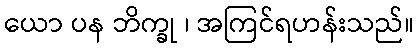
ယော ပန ဘိက္ခု ၊ အကြင်ရဟန်းသည်။